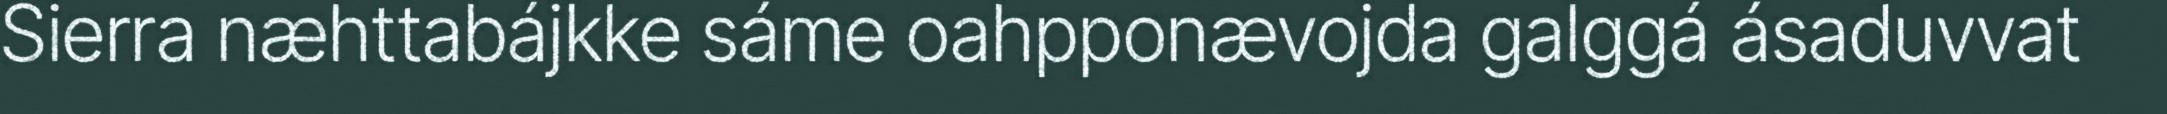
Sierra næhttabájkke sáme oahpponævojda galggá ásaduvvat